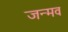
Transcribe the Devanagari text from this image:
जन्मव